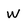
Character: W